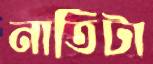
নাতিটা